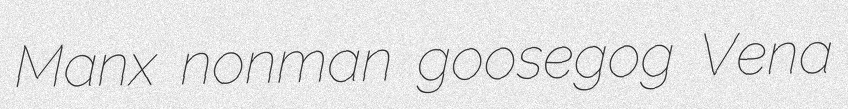
Manx nonman goosegog Vena